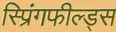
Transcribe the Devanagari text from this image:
स्प्रिंगफील्ड्स